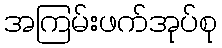
အကြမ်းဖက်အုပ်စု